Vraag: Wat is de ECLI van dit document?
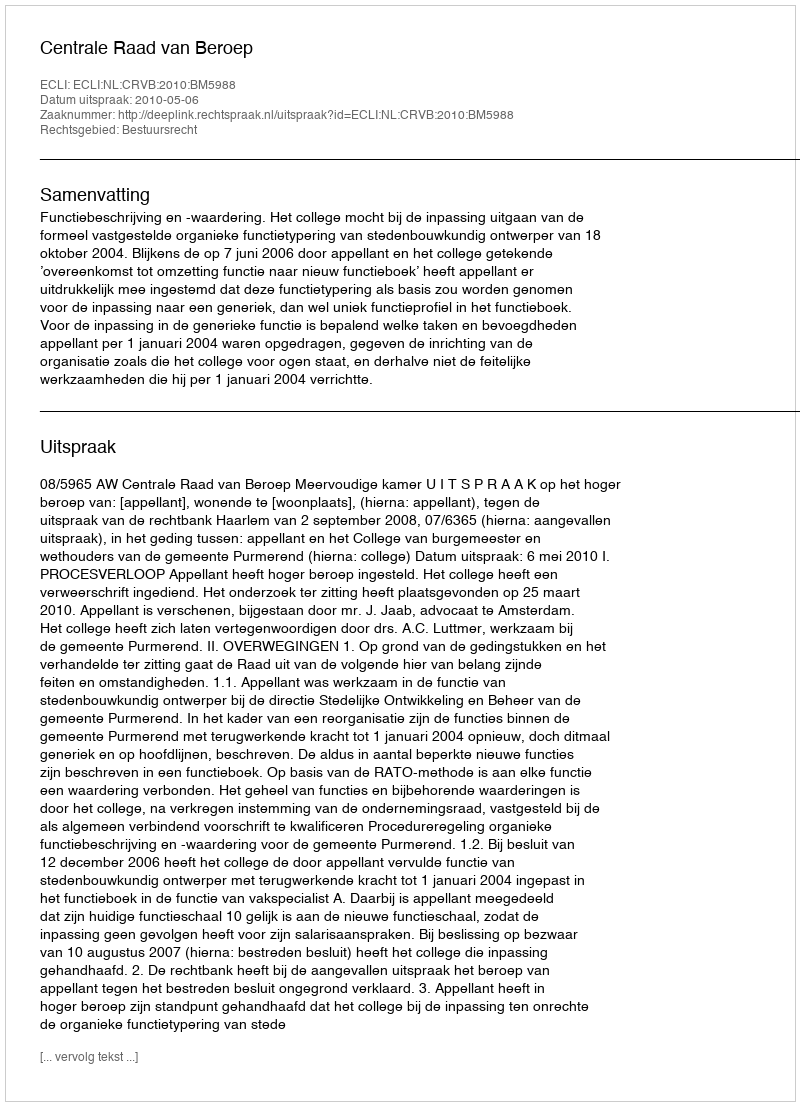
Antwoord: ECLI:NL:CRVB:2010:BM5988